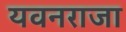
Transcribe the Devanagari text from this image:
यवनराजा